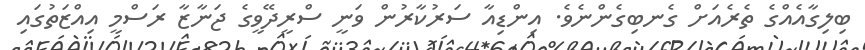
ބިލިގާއެއްގެ ތެރެއަށް ގެނބިގެންނެވެ. އިންޑިއާ ސަރުކާރުން ވަނީ ސްރީދޭވީގެ ޖަނާޒާ ރަސްމީ އިއްޒަތުގައި